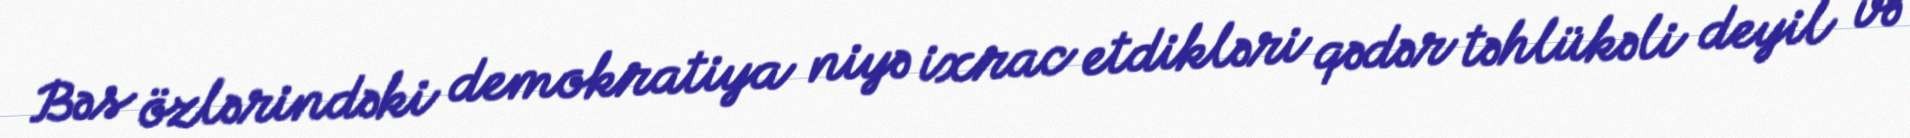
Bəs özlərindəki demokratiya niyə ixrac etdikləri qədər təhlükəli deyil və